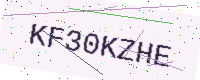
Text: KF30KZHE